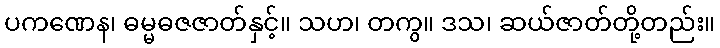
ပကဏေန၊ ဓမ္မဓဇဇာတ်နှင့်။ သဟ၊ တကွ။ ဒသ၊ ဆယ်ဇာတ်တို့တည်း။